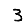
Digit: 3